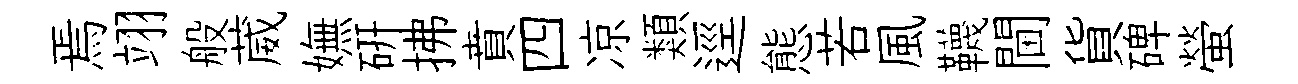
焉翊般葳嫵研拂賁四凉類逕態若風韈閫貨碑螢